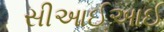
સીઆઈઆઈ